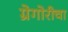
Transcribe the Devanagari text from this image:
ग्रेगोरीचा